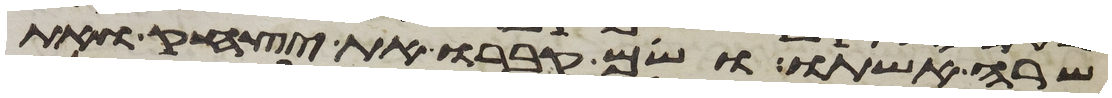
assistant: שרה אשתו ושם קברו את יצחק ואת